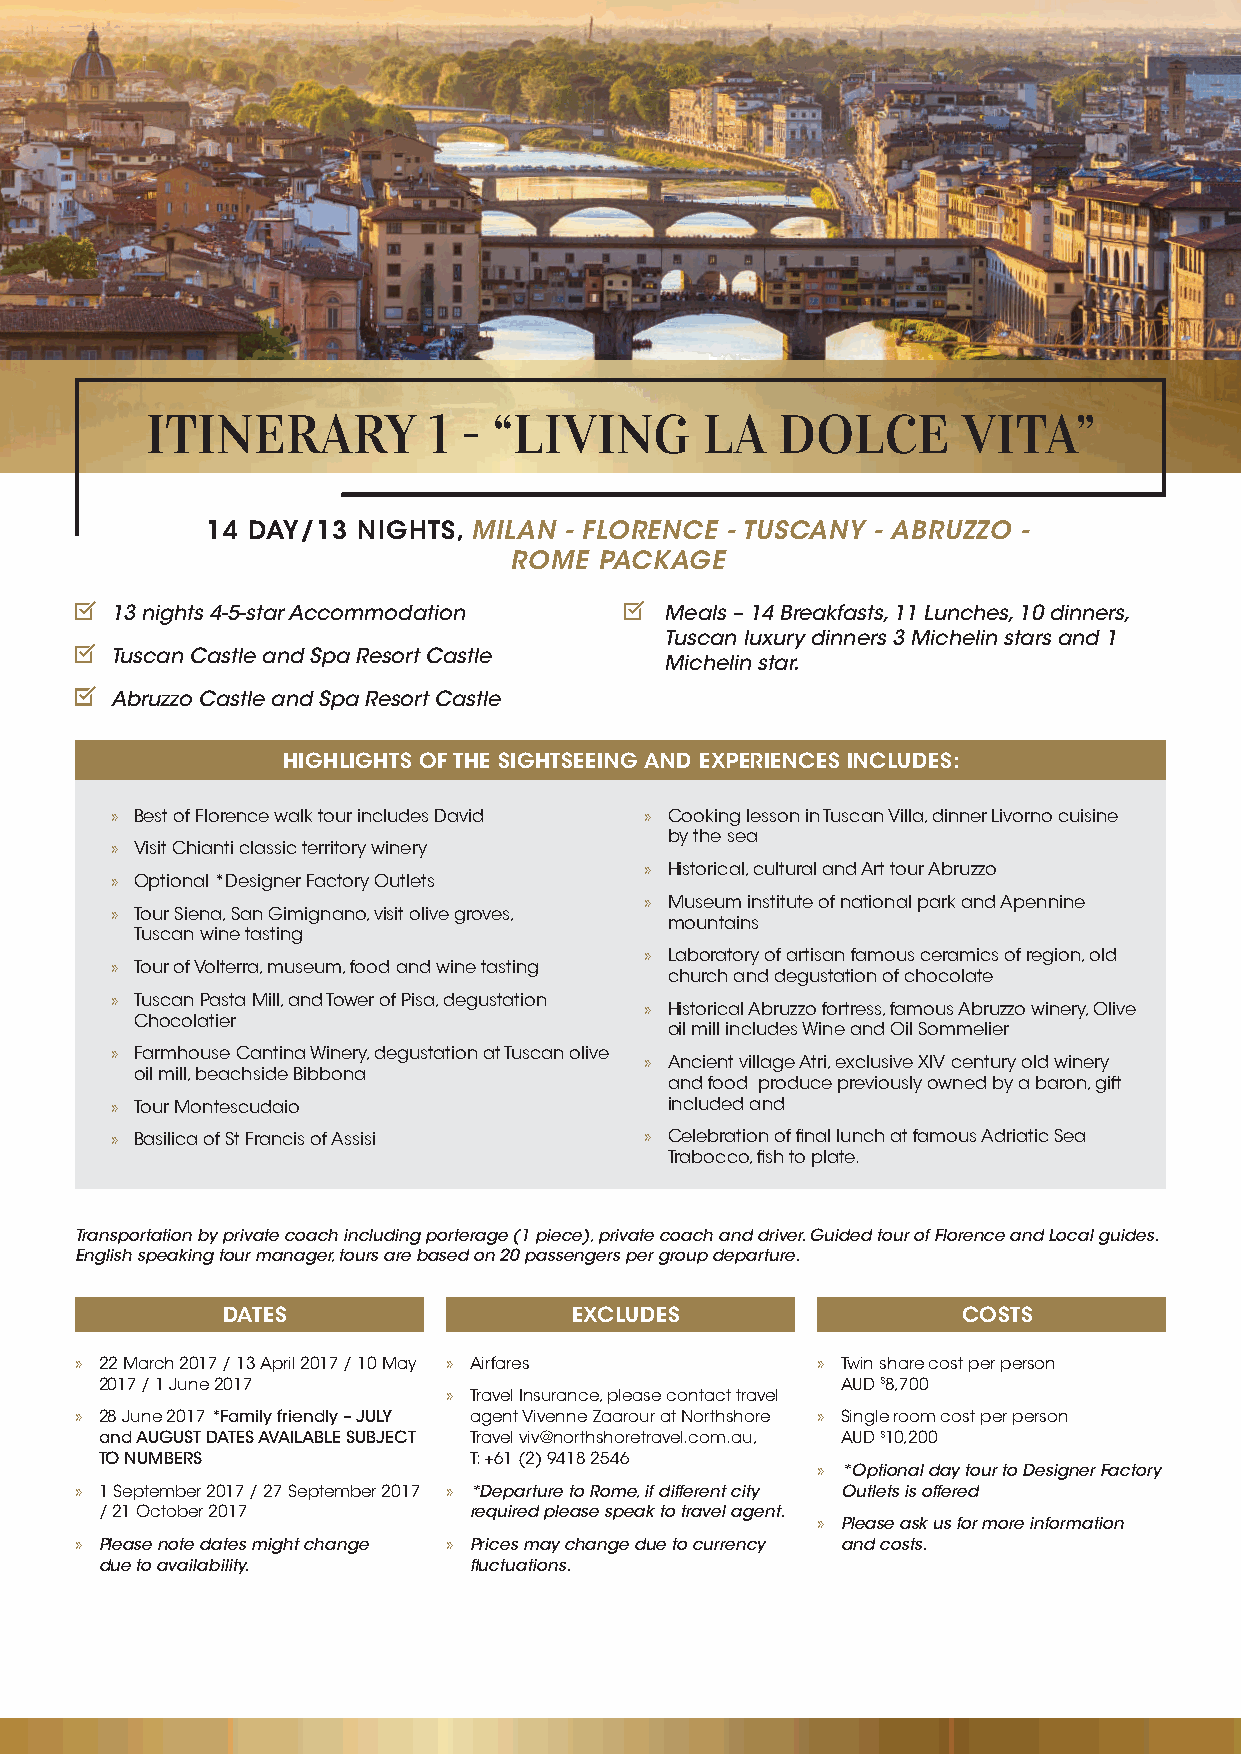
ITINERARY         1 -  “LIVING      LA    DOLCE       VITA”
 14 DAY/13 NIGHTS, MILAN - FLORENCE - TUSCANY - ABRUZZO -
 ROME  PACKAGE
 13 nights 4-5-star Accommodation     Meals – 14 Breakfasts, 11 Lunches, 10 dinners,
 Tuscan luxury dinners 3 Michelin stars and 1
 Tuscan Castle and Spa Resort Castle
 Michelin star.
 Abruzzo Castle and Spa Resort Castle
 HIGHLIGHTS OF THE SIGHTSEEING AND EXPERIENCES INCLUDES:
 » Best of Florence walk tour includes David » Cooking lesson in Tuscan Villa, dinner Livorno cuisine
 by the sea
 » Visit Chianti classic territory winery
 » Historical, cultural and Art tour Abruzzo
 » Optional *Designer Factory Outlets
 » Museum institute of national park and Apennine
 » Tour Siena, San Gimignano, visit olive groves,
 mountains
 Tuscan wine tasting
 » Laboratory of artisan famous ceramics of region, old
 » Tour of Volterra, museum, food and wine tasting
 church and degustation of chocolate
 » Tuscan Pasta Mill, and Tower of Pisa, degustation
 » Historical Abruzzo fortress, famous Abruzzo winery, Olive
 Chocolatier
 oil mill includes Wine and Oil Sommelier
 » Farmhouse Cantina Winery, degustation at Tuscan olive
 » Ancient village Atri, exclusive XIV century old winery
 oil mill, beachside Bibbona
 and food produce previously owned by a baron, gift
 » Tour Montescudaio                  included and
 » Basilica of St Francis of Assisi  » Celebration of final lunch at famous Adriatic Sea
 Trabocco, fish to plate.
 Transportation by private coach including porterage (1 piece), private coach and driver. Guided tour of Florence and Local guides.
 English speaking tour manager, tours are based on 20 passengers per group departure.
 DATES                  EXCLUDES                  COSTS
 » 22 March 2017 / 13 April 2017 / 10 May » Airfares » Twin share cost per person
 2017 / 1 June 2017                               AUD $8,700
 » Travel Insurance, please contact travel
 » 28 June 2017 *Family friendly – JULY agent Vivenne Zaarour at Northshore » Single room cost per person
 and AUGUST DATES AVAILABLE SUBJECT Travel viv@northshoretravel.com.au, AUD $10,200
 TO NUMBERS              T: +61 (2) 9418 2546
 » *Optional day tour to Designer Factory
 » 1 September 2017 / 27 September 2017 » *Departure to Rome, if different city Outlets is offered
 / 21 October 2017       required please speak to travel agent.
 » Please ask us for more information
 » Please note dates might change » Prices may change due to currency and costs.
 due to availability.    fluctuations.